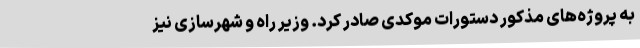
به پروژه‌های مذکور دستورات موکدی صادر کرد. وزیر راه و شهرسازی نیز